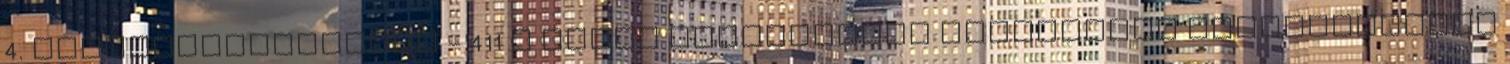
4. Intézkedéscsoport - 411 A helyi fejlesztési stratégiák megvalósítása